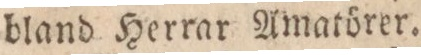
bland Herrar Amatörer.